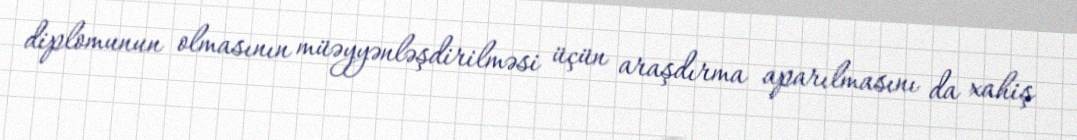
diplomunun olmasının müəyyənləşdirilməsi üçün araşdırma aparılmasını da xahiş